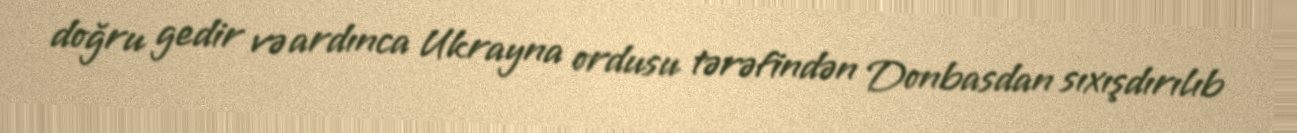
doğru gedir və ardınca Ukrayna ordusu tərəfindən Donbasdan sıxışdırılıb